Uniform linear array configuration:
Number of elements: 64
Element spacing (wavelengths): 0.75
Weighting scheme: hamming
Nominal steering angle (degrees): -30
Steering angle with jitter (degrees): -29.886
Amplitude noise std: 0.05
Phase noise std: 0.05

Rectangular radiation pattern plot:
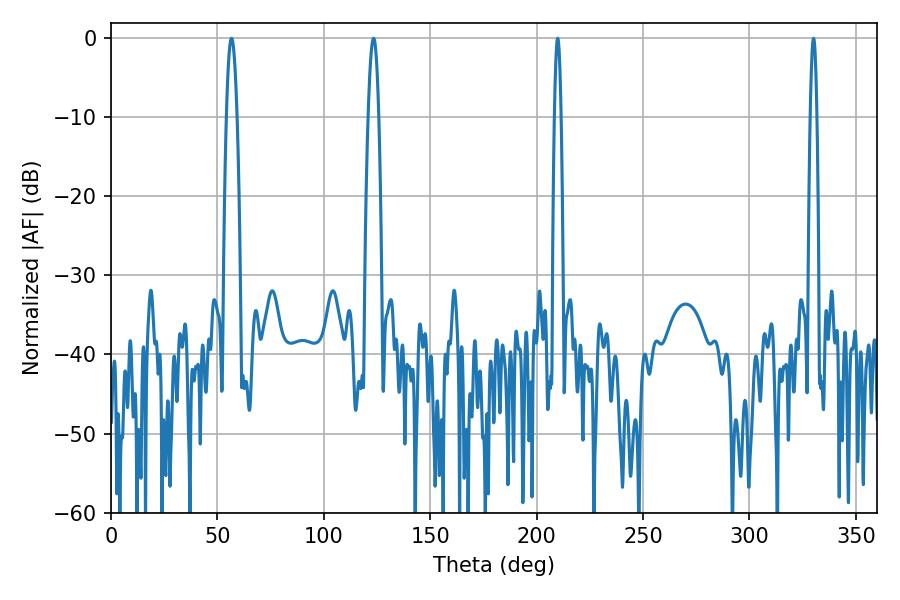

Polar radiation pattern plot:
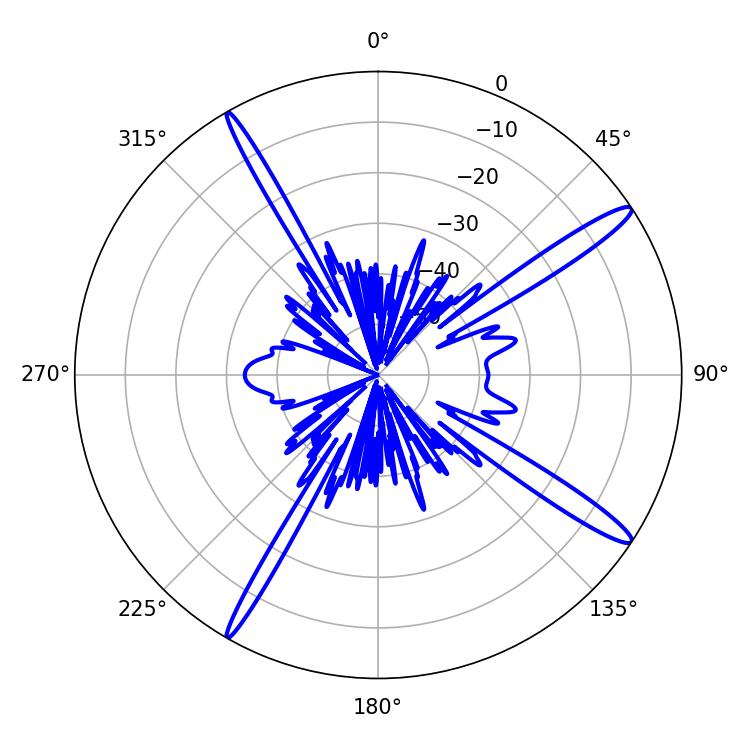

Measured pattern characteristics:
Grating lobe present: TRUE
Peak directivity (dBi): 15.645
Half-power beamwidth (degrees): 1.62
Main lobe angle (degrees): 209.88